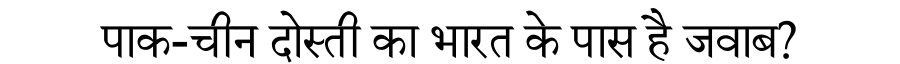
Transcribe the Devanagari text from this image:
पाक-चीन दोस्ती का भारत के पास है जवाब?